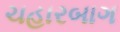
ચહારબાગ